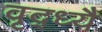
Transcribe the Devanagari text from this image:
वृद्ध्यै